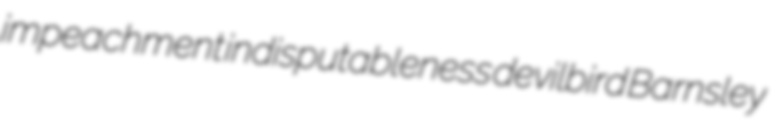
impeachment indisputableness devilbird Barnsley